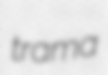
trama